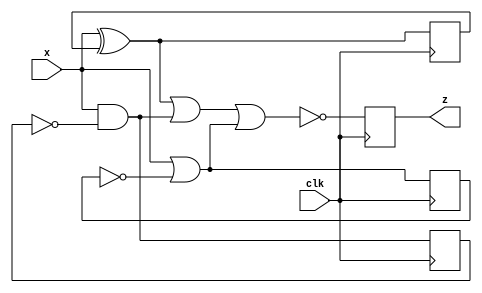
module top_module (
    input clk,
    input x,
    output z
); 
    reg out1=0, out2, out3;
    initial z = 1;
    always @(posedge clk) begin
        out1 = x ^ out1;
        out2 = x & ~out2;
        out3 = x | ~out3;
        z = ~(out1 | out2 | out3);
    end
endmodule